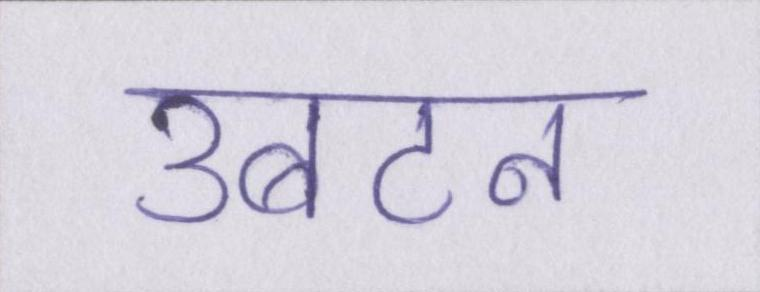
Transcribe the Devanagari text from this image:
उबटन